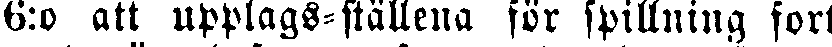
6:o att upplags-ställena för spillning fort